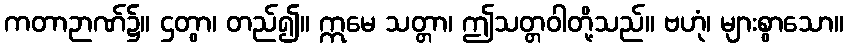
ကတာဉာဏ်၌။ ဌတွာ၊ တည်၍။ ဣမေ သတ္တာ၊ ဤသတ္တဝါတို့သည်။ ဗဟုံ၊ များစွာသော။